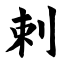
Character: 剌